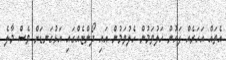
އެތައް އަހަރެއް ފަހުން ހަލުވަމުން ހެލުވަމުން އައި ދޯންޏެއްގައި އަޅުގަނޑަށް ވެސް މާލެ